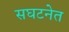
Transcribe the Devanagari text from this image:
सघटनेत